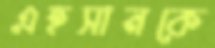
এহসানকে